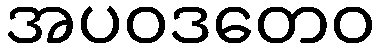
အပဝဒတေဝ